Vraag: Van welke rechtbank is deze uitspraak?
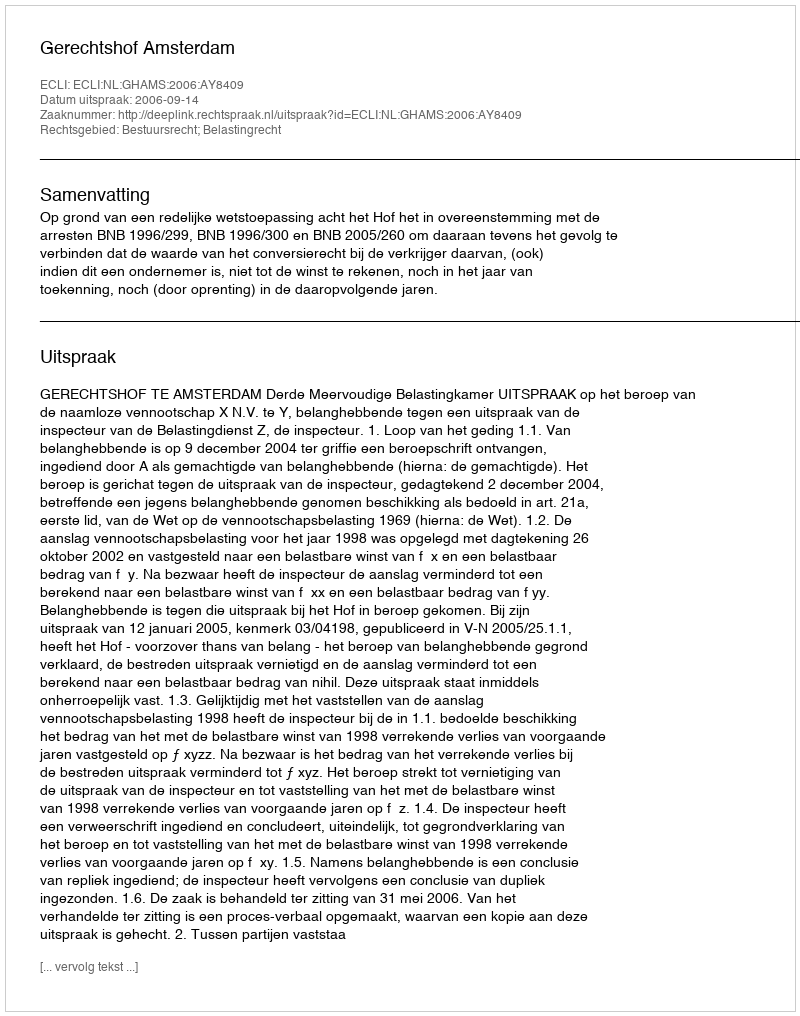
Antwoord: Gerechtshof Amsterdam